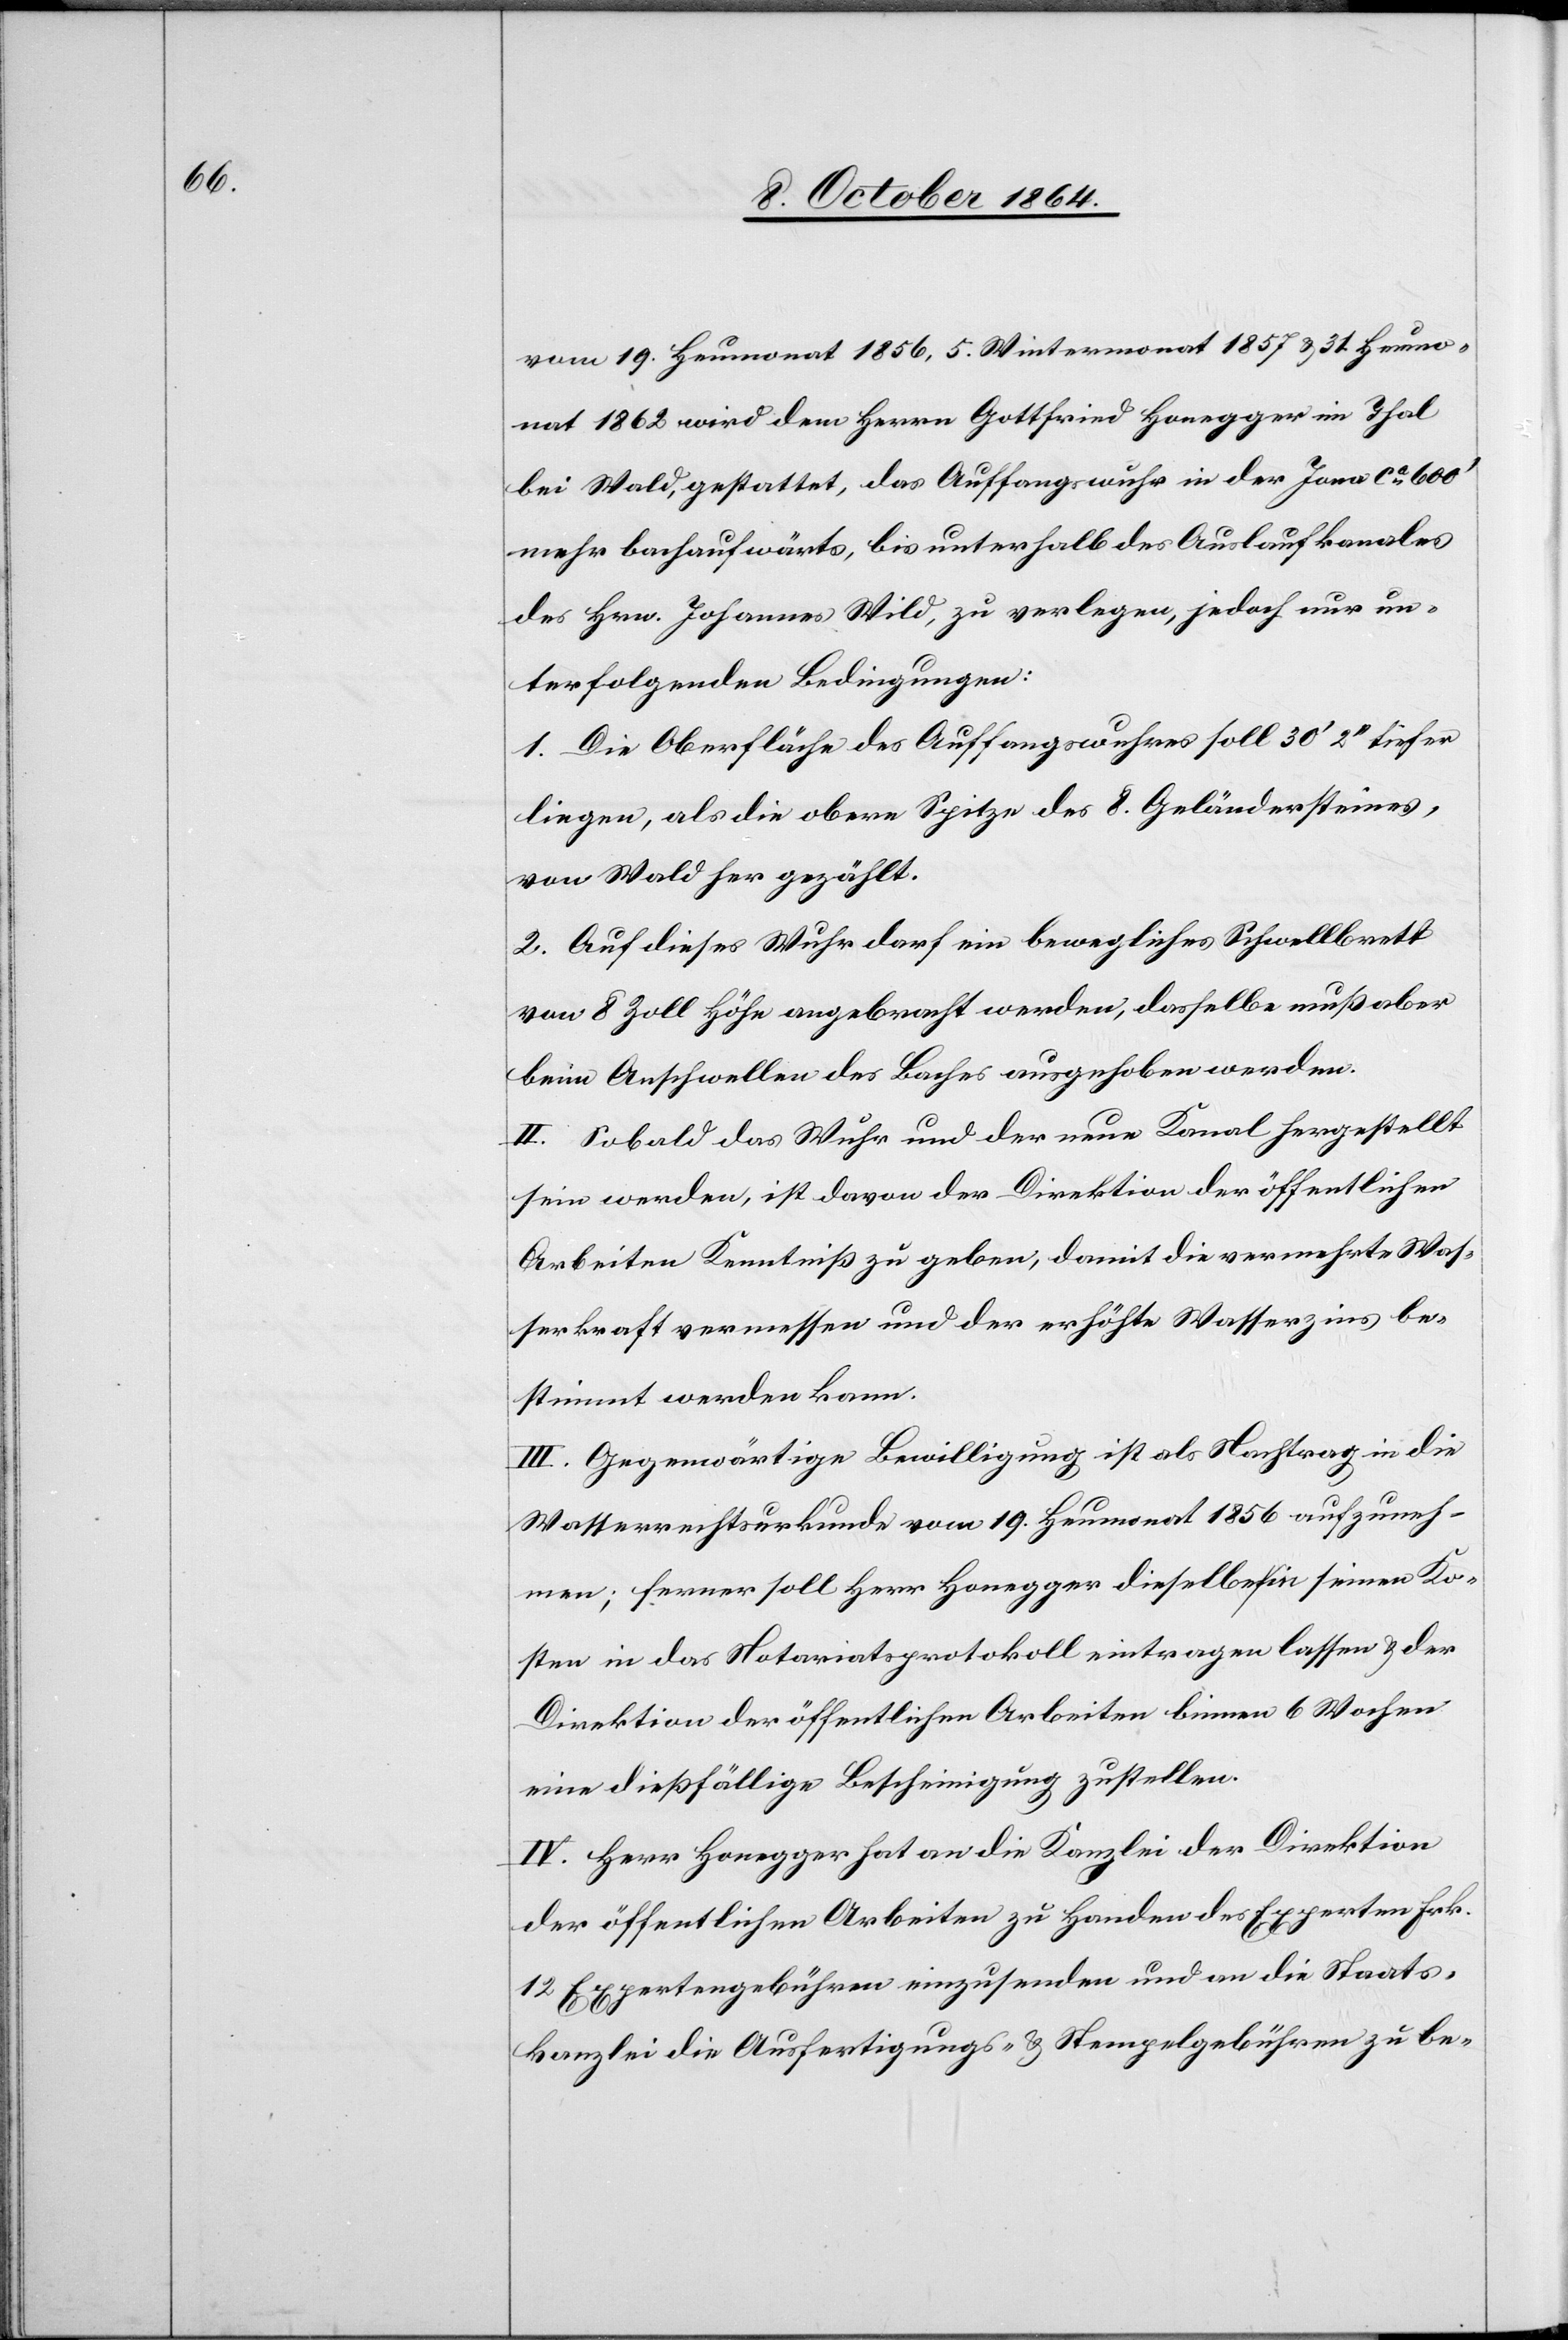
vom 19. Heumonat 1856, 5. Wintermonat 1857 & 31. Heumo¬
nat 1862 wird dem Herrn Gottfried Honegger im Thal
bei Wald, gestattet, das Auffangswuhr in der Jona ca 600’
mehr bachaufwärts, bis unterhalb des Auslaufskanales
des Hrn. Johannes Wild, zu verlegen, jedoch nur un¬
ter folgenden Bedingungen:
1. Die Oberfläche des Auffangswuhres soll 30’ 2’’ tiefer
liegen, als die obere Spitze des 8. Geländersteines,
von Wald her gezählt.
2. Auf dieses Wuhr darf ein bewegliches Schwellbrett
von 8 Zoll Höhe angebracht werden, dasselbe muß aber
beim Anschwellen des Baches ausgehoben werden.
II. Sobald das Wuhr und der neue Kanal hergestellt
sein werden, ist davon der Direktion der öffentlichen
Arbeiten Kenntniß zu geben, damit die vermehrte Was¬
serkraft vermessen und der erhöhte Wasserzins be¬
stimmt werden kann.
III. Gegenwärtige Bewilligung ist als Nachtrag in die
Wasserrechtsurkunde vom 19. Heumonat 1856 aufzuneh¬
men; ferner soll Herr Honegger dieselbe in seinen Ko¬
sten in das Notariatsprotokoll eintragen lassen & der
Direktion der öffentlichen Arbeiten binnen 6 Wochen
eine dießfällige Bescheinigung zustellen.
IV. Herr Honegger hat an die Kanzlei der Direktion
der öffentlichen Arbeiten zu Handen des Experten Frk.
12 Expertengebühren einzusenden und an die Staats¬
kanzlei die Ausfertigungs- & Stempelgebühren zu be-